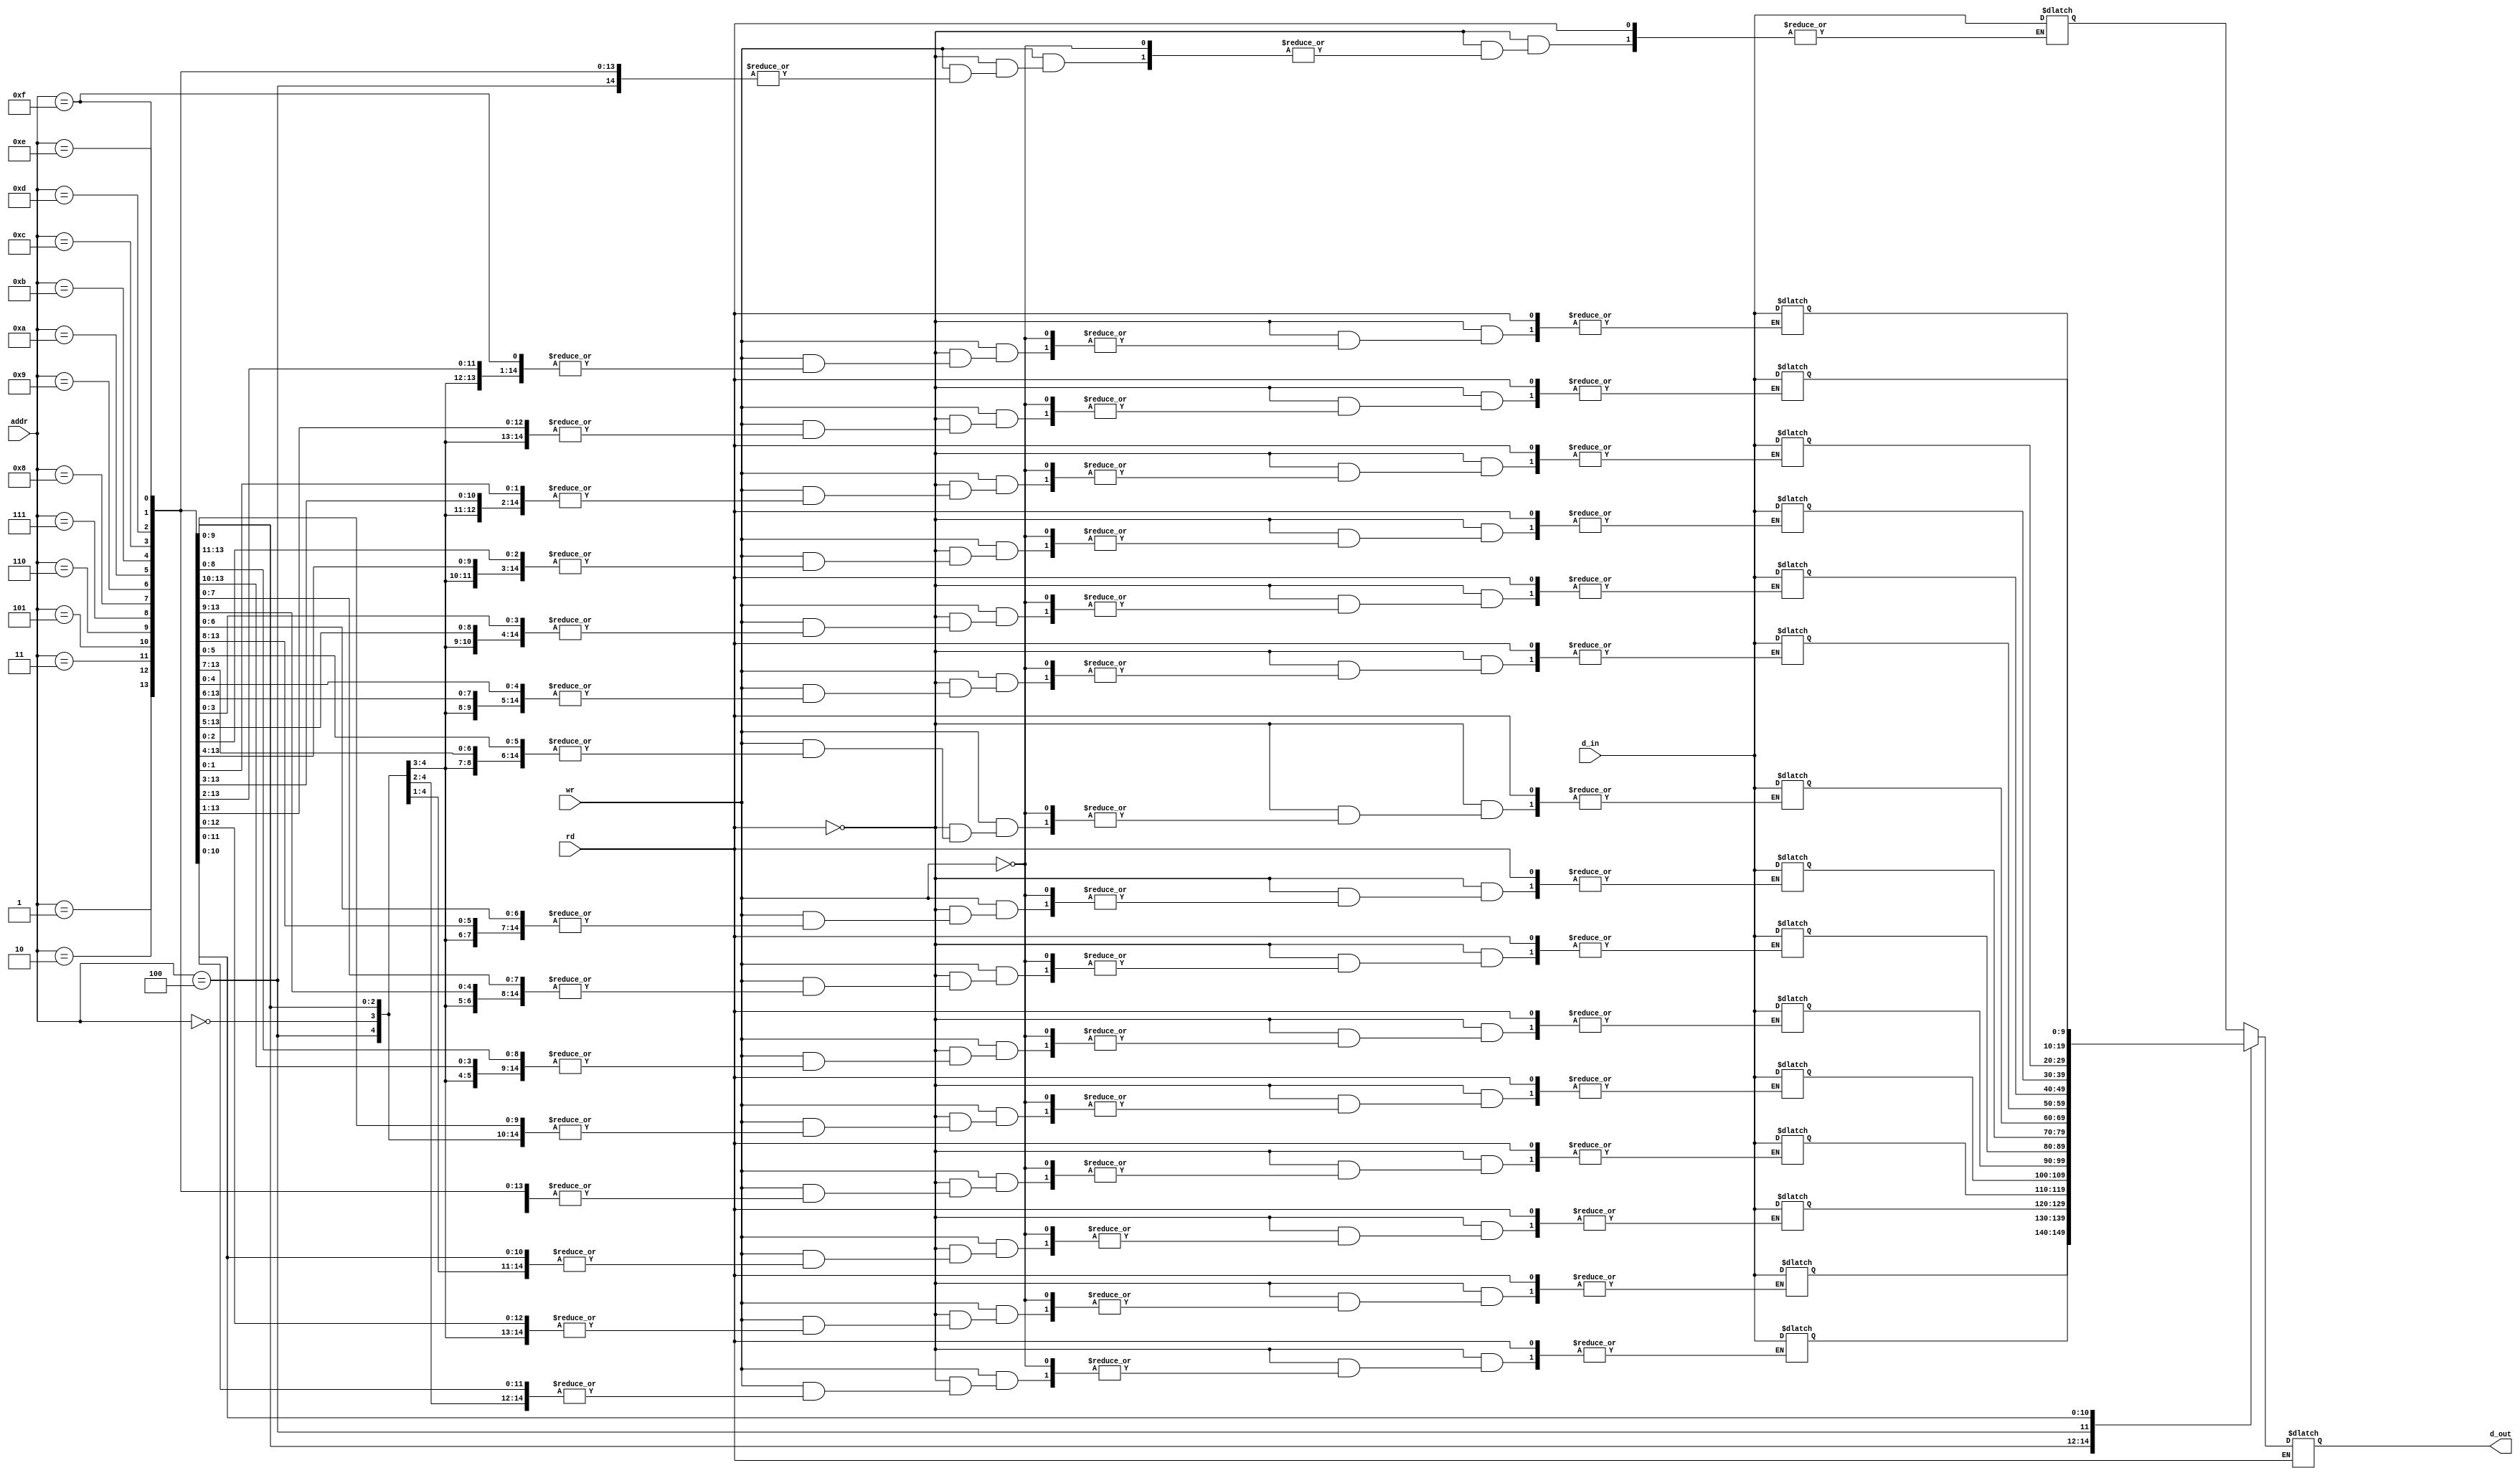
module imemory(addr, d_in, rd, wr, d_out);
input[3:0] addr;
input[9:0] d_in;
input rd, wr;
output[9:0] d_out;
reg[9:0] d_out;
reg[9:0] mem[15:0];

initial
   begin


/*
	mem[0]=10'b0000010110;
	mem[1]=10'b0001001100;
	mem[2]=10'b0000011000;
	mem[3]=10'b1010111111;
	mem[4]=10'b0010011100;
	mem[5]=10'b0000001010;
	mem[6]=10'b0101110000;
	mem[7]=10'b0110100000;
	mem[8]=10'b1001011110;
	mem[9]=10'b1011100000;
*/

	/*mem[0]=10'b0000010110;
	mem[1]=10'b0001001100;
	mem[2]=10'b0000011000;
	mem[3]=10'b1100111100;
	mem[4]=10'b1010110111;
	mem[5]=10'b0010011100;
	mem[6]=10'b0000001010;
	mem[7]=10'b0101110000;
	mem[8]=10'b0110100000;
	mem[9]=10'b1001011110;
	mem[10]=10'b1011100000;
	
	mem[12] = 10'h0;
	mem[15] = 10'hd;*/

//set vth out ld followed by add - 3 loads 1st
/*
	mem[0]=10'b1100111100;
	mem[1]=10'b1100101110;
	mem[2]=10'b1100011101;
	mem[5]=10'b0001000010;
	mem[3]=10'b0110100000;
	mem[4]=10'b0100110000;
	mem[6]=10'b1001010010;
	mem[7]=10'b1010111001;
	mem[8]=10'b1101001111;	
	mem[9]=10'b0;	
	mem[10]=10'b0;	
	mem[11]=10'b0;	
	mem[15]=10'b0;	
	mem[12]=10'b0000000000;
	mem[13]=10'b0000000000;
	mem[14]=10'b0000000000;
*/
    mem[0]=10'b0001000010;//add r4,r1
	mem[1]=10'b0000110100;//add r3,r2
	mem[2]=10'b1001100100;//mov r6,r2
	mem[3]=10'b0000000000;
	mem[4]=10'b0;
	mem[5]=10'b0;
	mem[6]=10'b0;
	mem[7]=10'b0;
	mem[8]=10'b0;	
	mem[9]=10'b0;	
	mem[10]=10'b0;	
	mem[11]=10'b0;		
	mem[12]=10'b0000000000;
	mem[13]=10'b0000000000;
	mem[14]=10'b0000000000;
	mem[15]=10'b0;
/*
//1...No Data dependency
	mem[0]=10'b0000110010; //ADD R3,R1
	mem[1]=10'b0010100010; //SUB R2,R1
	mem[2]=10'b1001100010; //MOV R6,R1
	mem[3]=10'b0000000000; //end
*/

//2...With data dependancy
/*	mem[0]=10'b0000110010; //ADD R3,R1
	mem[1]=10'b0100110000; //DCR R3
	mem[2]=10'b0010100010; //SUB R2,R1
	mem[3]=10'b0110100000; //INR R2
	mem[4]=10'b1001010110; //MOV R5,R3
	mem[5]=10'b1001100010; //MOV R6,R1
	mem[6]=10'b0000000000; //end
*/	
/*
//3...LD is not followed by ADD
	mem[0]=10'b1100111100; //LD R3,M12
	mem[1]=10'b1100101110; //LD R2,M14
	mem[2]=10'b1100011101; //LD R1,M13
	mem[3]=10'b1001010010; //MOV R5,R1
	mem[4]=10'b0001000010; //ADD R4,R1
	mem[5]=10'b0110100000; //INR R2
	mem[6]=10'b0100110000; //DCR R3
	mem[7]=10'b1010111001; //JEZ R3,M9
	mem[8]=10'b1111001111; // SD R4,M15
	mem[9]=10'b0000000000; //end


//4... Multiplication
	mem[0] = 10'b1100011010; //LD R1,M10
	mem[1] = 10'b1100101011; //LD R2,M11
	mem[2] = 10'b1010100110; //JEZ R2,M6
	mem[3] = 10'b0000110010; //ADD R3,R1
	mem[4] = 10'b0100100000; //DCR R2
	mem[5] = 10'b1011000010; //JEZ R4,M2
	mem[6] = 10'b1110111100; //SD R3,M12
	mem[7] = 10'b0000000000; //end

*/	

end // initial begin
   
always @ (*)
begin
	if(rd == 1'b1)
	  begin
	     d_out = mem[addr];
	     $display($time, " Reading from M%d=%b", addr, d_out);
	  end
	else if(wr == 1'b1)
	  begin
	     mem[addr] = d_in;
	     $display($time, " Writing to M%d=%b", addr, mem[addr]);
	  end
end   
endmodule // imemory

module dmemory(addr, d_in, rd, wr, d_out);
input[3:0] addr;
input[9:0] d_in;
input rd, wr;
output[9:0] d_out;
reg[9:0] d_out;
reg[9:0] mem[15:0];
initial
  begin
	mem[0]=10'b0000000000;
	mem[1]=10'b0000111000;
	mem[2]=10'b0001011100;
	mem[3]=10'b0001110100;
	mem[4]=10'b0000000000;
	mem[9]=10'b0;
	mem[10] = 10'd3;
	mem[11] = 10'd4;
	mem[12] = 10'd0;
	mem[13]= 10'd0;
	mem[14]= 10'd0;
	mem[15]= 10'd0;	
  end // initial begin
 always @ (*)
    begin
	if(rd == 1'b1)
	  begin
	     d_out = mem[addr];
	     $display($time, " Reading from M%d=%d", addr, d_out);
	  end
	if(wr == 1'b1)
	  begin
	     mem[addr] = d_in;
	     $display($time, " Writing to M%d=%d", addr, mem[addr]);
	  end
	end
endmodule // dmemory